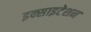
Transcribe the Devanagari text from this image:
इक्साइटेशन